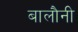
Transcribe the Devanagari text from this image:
बालौनी